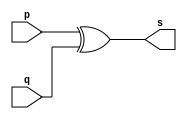
// -------------------------
// Exemplo0005 - XOR
// Nome: Breno Macena Pereira de Souza
// -------------------------

// -------------------------
// -- xor gate
// -------------------------
module xorgate (output [0:3]s, input [0:3]p, input [0:3]q);
assign s = p ^ q; // criar vnculo permanente
              // (dependncia)
endmodule // xorgate

// -------------------------
// -- test xor gate
// -------------------------
module testxorgate;
// ------------------------- dados locais
reg [0:3]a, b;   // definir registrador
                 // (varivel independente)
wire [0:3]s;  // definir conexao (fio)
         // (varivel dependente)
// ------------------------- instncia
xorgate XOR1 (s, a, b);
// ------------------------- preparao
initial begin:start
          // atribuio simultnea dos valores iniciais
a=4'b0011;  // 4 valores binrios 
b=4'b0101;	// 4 valores binrios		 
end

// ------------------------- parte principal
initial begin:main
     $display("Exemplo 0005 - Breno Macena - 462017");
     $display("Test XOR gate:");
     $display("\na ^ b = s\n");
	  $monitor("%b ^ %b = %b", a, b, s);
#1 a=0; b=0;              // valores decimais
#1 a=4'b0010; b=4'b0001;  // valores binrios
#1 a=4'd1;    b=3;        // decimal e decimal
#1 a=4'o5;    b=2;        // octal e decimal
#1 a=4'hA;    b=3;        // hexadecimal e decimal
#1 a=4'h9;    b=4'o3;     // hexadecimal e octal
end
endmodule // testorgate